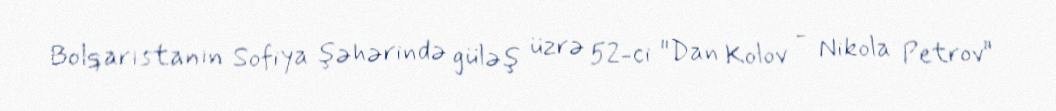
Bolqarıstanın Sofiya şəhərində güləş üzrə 52-ci "Dan Kolov - Nikola Petrov"